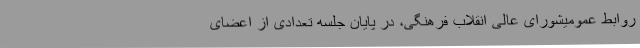
روابط عمومیشورای عالی انقلاب فرهنگی، در پایان جلسه تعدادی از اعضای